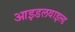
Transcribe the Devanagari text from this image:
आइडलवाइल्ड